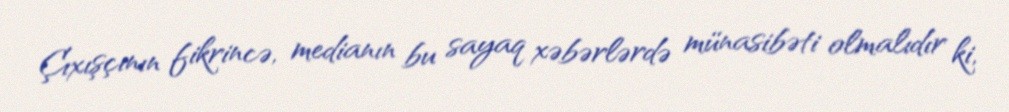
Çıxışçının fikrincə, medianın bu sayaq xəbərlərdə münasibəti olmalıdır ki,